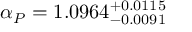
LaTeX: \alpha _ { P } = 1 . 0 9 6 4 _ { - 0 . 0 0 9 1 } ^ { + 0 . 0 1 1 5 }